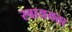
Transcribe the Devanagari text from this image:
स्वाययत्ता